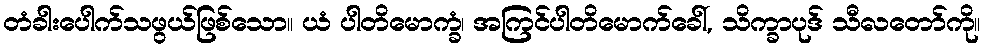
တံခါးပေါက်သဖွယ်ဖြစ်သော။ ယံ ပါတိမောက္ခံ၊ အကြင်ပါတိမောက်ခေါ်, သိက္ခာပုဒ် သီလတော်ကို။